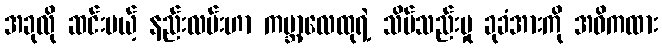
အခုလို ဆင်းမယ့် နည်းလမ်းဟာ ကမ္ဘာ့လေထုရဲ့ သိပ်သည်းမှု ခုခံအားကို အဓိကထား